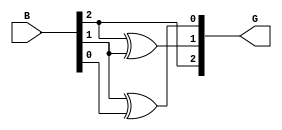
module gray_code_encoder #(
    parameter N = 3 // Number of bits in binary and Gray code representation
)(
    input  [N-1:0] B, // Binary input
    output [N-1:0] G  // Gray code output
);

    // Gray code conversion
    assign G[N-1] = B[N-1]; // MSB of Gray code is the same as MSB of binary input
    genvar i;
    generate
        for (i = N-2; i >= 0; i = i - 1) begin : gray_conversion
            assign G[i] = B[i+1] ^ B[i]; // G[i] = B[i+1] XOR B[i]
        end
    endgenerate

endmodule